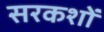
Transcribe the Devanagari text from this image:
सरकशों